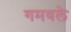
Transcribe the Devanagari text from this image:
गमवले